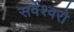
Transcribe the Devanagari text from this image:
सर्वेश्वरो